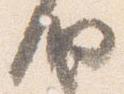
納